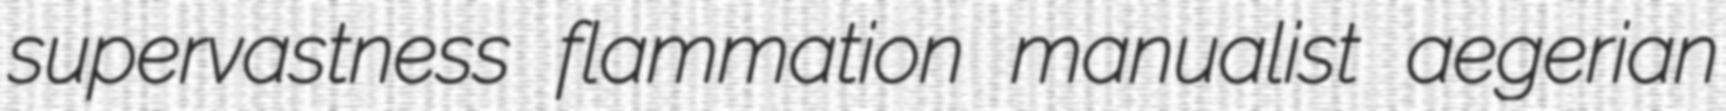
supervastness flammation manualist aegerian